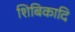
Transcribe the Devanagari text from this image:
शिबिकादि